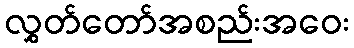
လွှတ်တော်အစည်းအဝေး